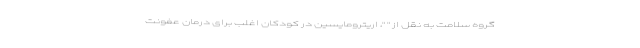
گروه سلامت به نقل از " "، اریترومایسین در کودکان اغلب برای درمان عفونت